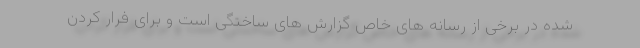
شده در برخی از رسانه های خاص گزارش های ساختگی است و برای فرار کردن